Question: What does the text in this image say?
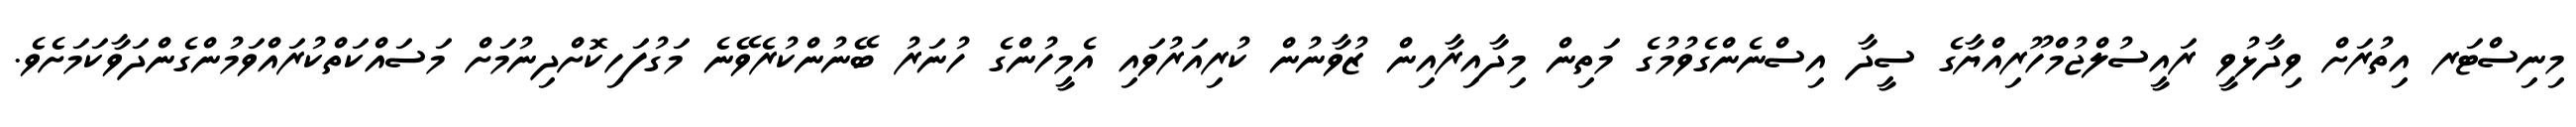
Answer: މިނިސްޓަރ އިތުރަށް ވިދާޅުވީ ރައީސުލްޖުމްހޫރިއްޔާގެ ސީދާ އިސްނެންގެވުމުގެ މަތިން މިދާއިރާއިން ޒުވާނުން ކުރިއަރުވައި އެމީހުންގެ ހުނަރު ބޭނުންކުރެވޭނެ މަގުފަހިކޮށްދިނުމަށް މަސައްކަތްކުރައްވަމުންގެންދަވާކަމަށެވެ.